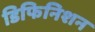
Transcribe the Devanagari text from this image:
डिफिनिशन